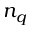
n _ { q }